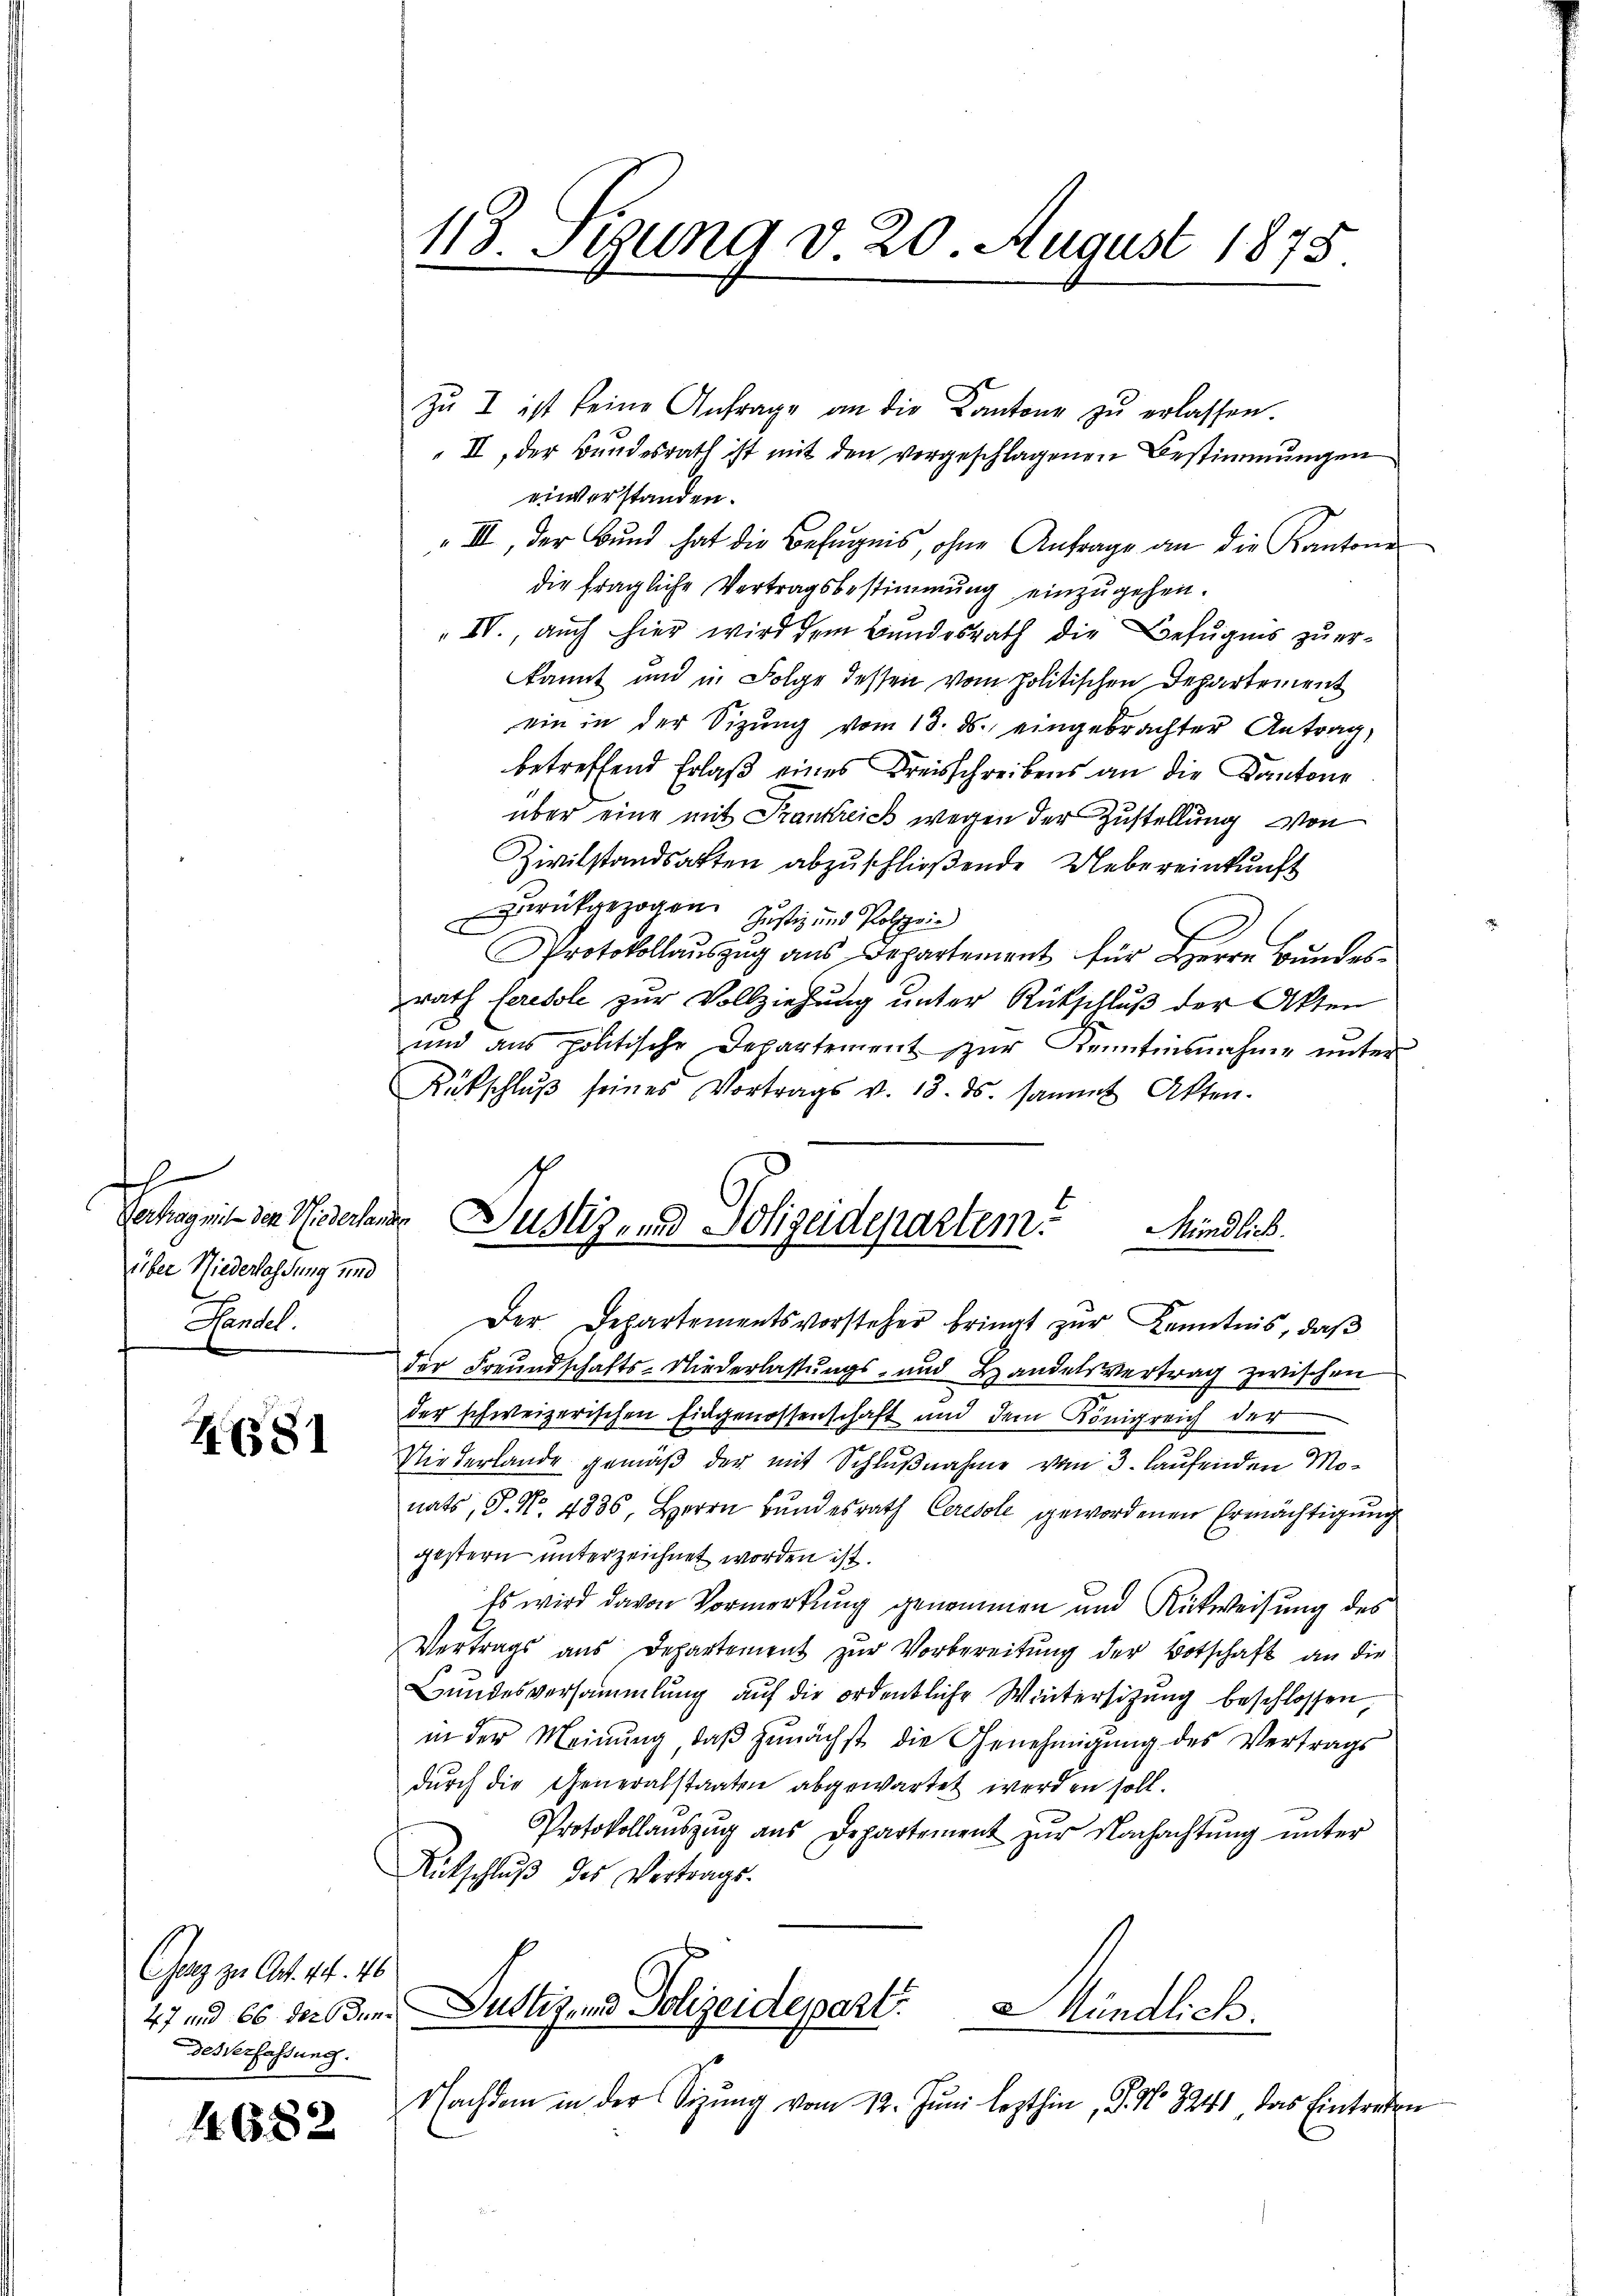
h
über Niederlassung und
Pandel.

Z. 681

Gerz zu Art. 44. 46
des Verfassung.

4682

zŭ I ist keine Anfrage an die Kantone zŭ erlassen.
II, der Bundesrath ist mit den vorgeschlagenen Bestimmungen
einverstanden.
 III, der Bŭnd hat die Befugnis, ohne Anfrage an die Kantone
die fragliche Vertragsbestimmung einzugehen.
IV., auch hier wird dem Bundesrath die Befugnis zu erkannt und in Folge dessen vom Politischen Departement
ein in der Sitzŭng vom 13. ds. eingebrachter Antrag,
betreffend Erlaß eines Kreisschreibens an die Kantone
über eine mit Frankreich wegen der Zustellung von
Zivilstandsakten abzŭschlieβende Uebereinkunft
zurückgezogen. Justiz und Polizei
Protokollauszug aus Departement für Herrn Bundes
rath Ceresole zur Vollziehung unter Rückschluß der Akten
ŭnd ans politische Departement zŭr Kenntnisnahme ŭnter
Rückschlŭβ seines Vortrags v. 13. ds. saṁt Akten.
Vertrag mit den Wiederhande Justiz- und Polizeidepartem Mündlich.

113. Stung d. 20. August 1875.

der Freundschafts-Niederlassŭngs- und Handelsvertrag zwischen
der schweizerischen Eingenossenschaft und dem Königreich der
Niederlande gemäß der mit Schlußnahme vom 3. laufenden Monats, P. Nr. 4836. Herrn Bundesrath Ceresole gewordenen Ermächtigung
gestern unterzeichnet worden ist.
Es wird davon Vormerkung genommen und Rückweisung des
Vertrags aus Departement zŭr Vorbereitŭng der Botschaft an die
Bundesversammlung auf die ordentliche Wintersitzung beschlossen
in der Meinŭng, daβ zŭnächst die Genehmigŭng des Vertrags
durch die Generalstaaten abgewartet werden soll.
Protokollaŭszŭg aŭs Departement zŭr Nachachtŭng ŭnter
Untschluß des Vertrags.
47 und es der den ustiz und Polizeidepart Mündlich.
Nachdem in der Sitzŭng vom 12. Jŭni lezthin, P. No 8241 das Eintreten
l

Der Departementsvorsteher bringt zŭr Kenntnis, daβ